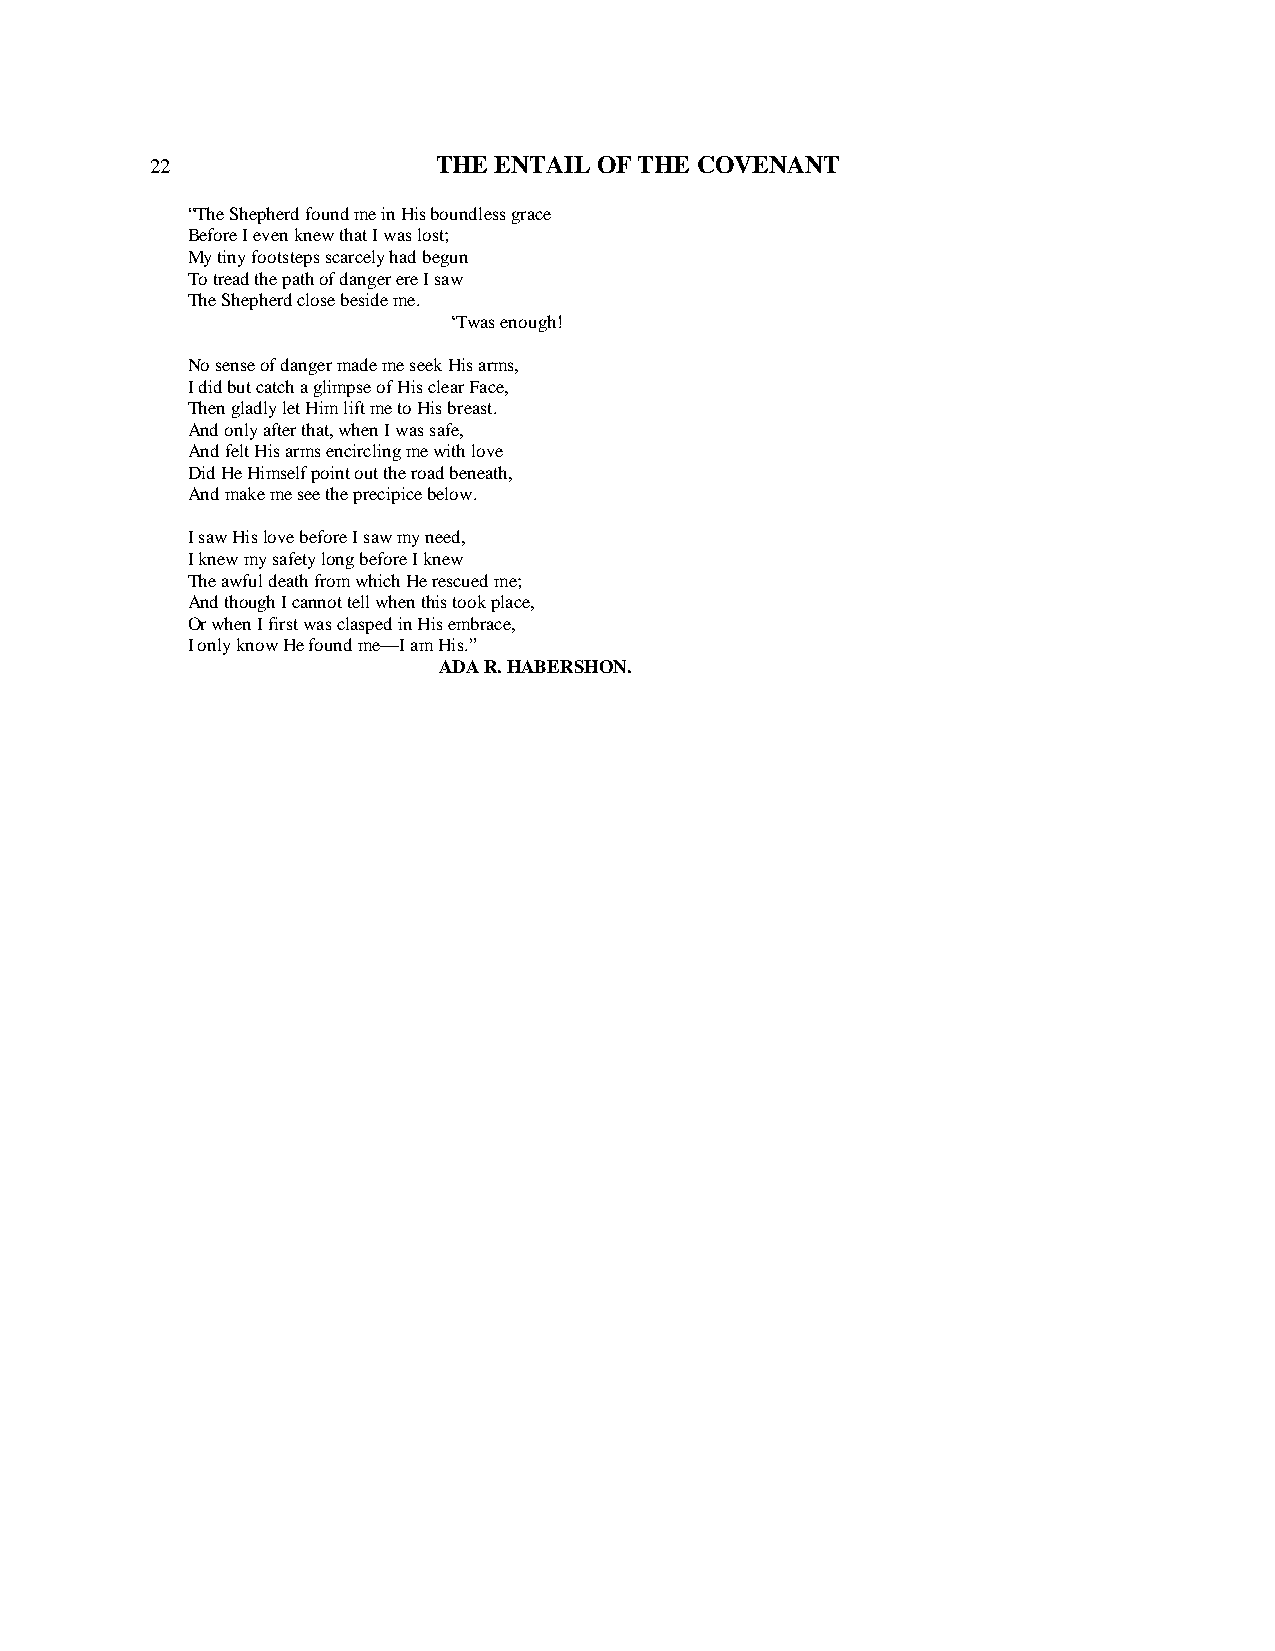
22                 THE ENTAIL OF THE COVENANT
 “The Shepherd found me in His boundless grace
 Before I even knew that I was lost;
 My tiny footsteps scarcely had begun
 To tread the path of danger ere I saw
 The Shepherd close beside me.
 ‘Twas enough!
 No sense of danger made me seek His arms,
 I did but catch a glimpse of His clear Face,
 Then gladly let Him lift me to His breast.
 And only after that, when I was safe,
 And felt His arms encircling me with love
 Did He Himself point out the road beneath,
 And make me see the precipice below.
 I saw His love before I saw my need,
 I knew my safety long before I knew
 The awful death from which He rescued me;
 And though I cannot tell when this took place,
 Or when I first was clasped in His embrace,
 I only know He found me—I am His.”
 ADA R. HABERSHON.